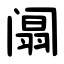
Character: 阘